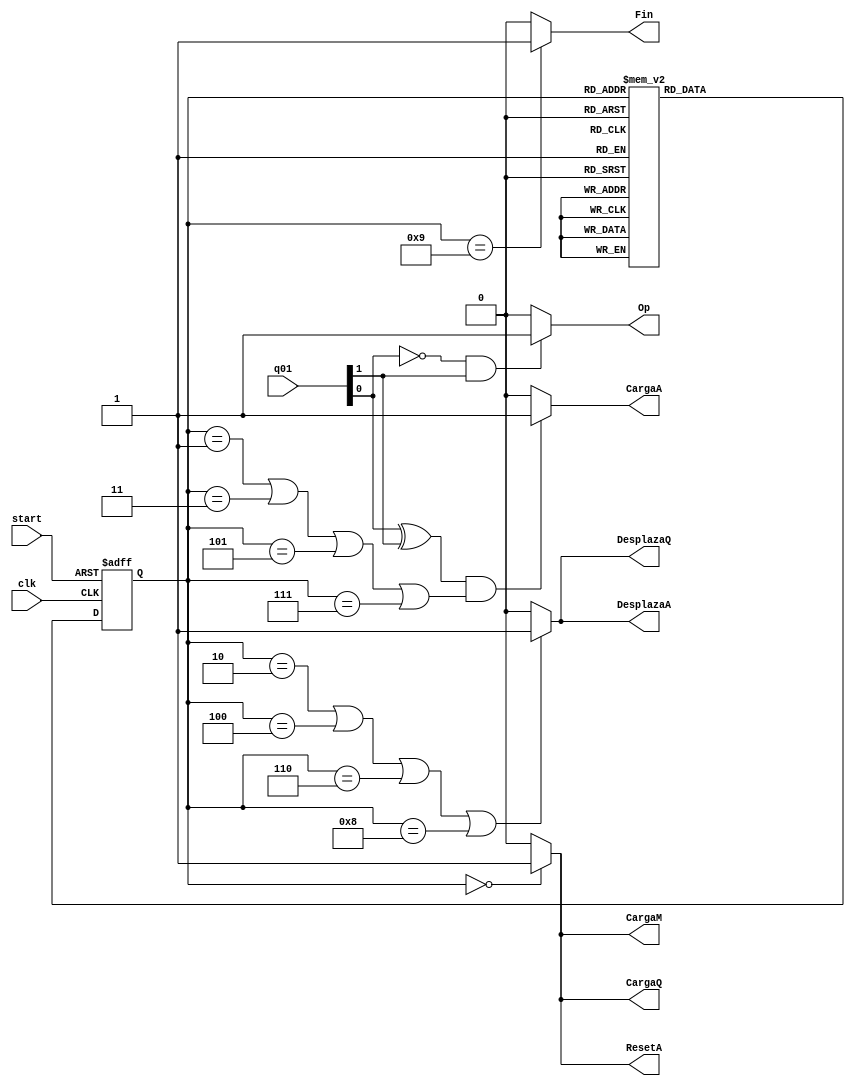
module uc(input wire [4:0] q01, input wire start, clk, output wire CargaQ, DesplazaQ, ResetA, CargaA, DesplazaA, Fin, Op,CargaM);
reg [3:0] state, nextstate; 

parameter S0 = 4'b0000;
parameter S1 = 4'b0001;
parameter S2 = 4'b0010;
parameter S3 = 4'b0011;
parameter S4 = 4'b0100;
parameter S5 = 4'b0101;
parameter S6 = 4'b0110;
parameter S7 = 4'b0111;
parameter S8 = 4'b1000;
parameter S9 = 4'b1001;


always @ (posedge clk, posedge start)
if (start)
state <= S0;
else
state <= nextstate;

always @(*)
case (state)
S0: nextstate = S1;
S1: nextstate = S2;
S2: nextstate = S3;
S3: nextstate = S4;
S4: nextstate = S5;
S5: nextstate = S6;
S6: nextstate = S7;
S7: nextstate = S8;
S8: nextstate = S9;
S9: nextstate = S9;
default: nextstate = S0;
endcase



assign CargaQ = (state == S0)? 1:0;
assign ResetA = CargaQ;
assign CargaM = CargaQ;
assign DesplazaQ = ((state == S2)|(state == S4)|(state == S6)|(state == S8))? 1:0;
assign DesplazaA = DesplazaQ;
assign CargaA = ((q01[0]^q01[1]) & ((state == S1)|(state == S3)|(state == S5)|(state == S7)))? 1:0;
assign Fin = (state == S9)? 1:0;
assign Op = ((q01[0] == 0) & (q01[1] == 1))? 1:0;


endmodule